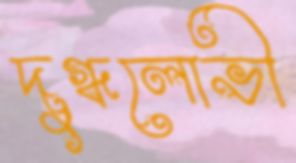
দুগ্ধলোভী